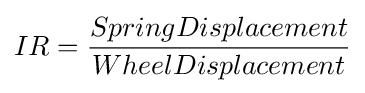
IR={\frac {SpringDisplacement}{WheelDisplacement}}